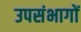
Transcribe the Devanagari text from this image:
उपसंभागों